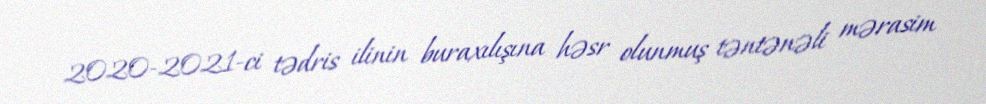
2020-2021-ci tədris ilinin buraxılışına həsr olunmuş təntənəli mərasim